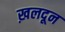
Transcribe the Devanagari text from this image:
ख़लदून